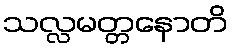
သလ္လမတ္တနောတိ